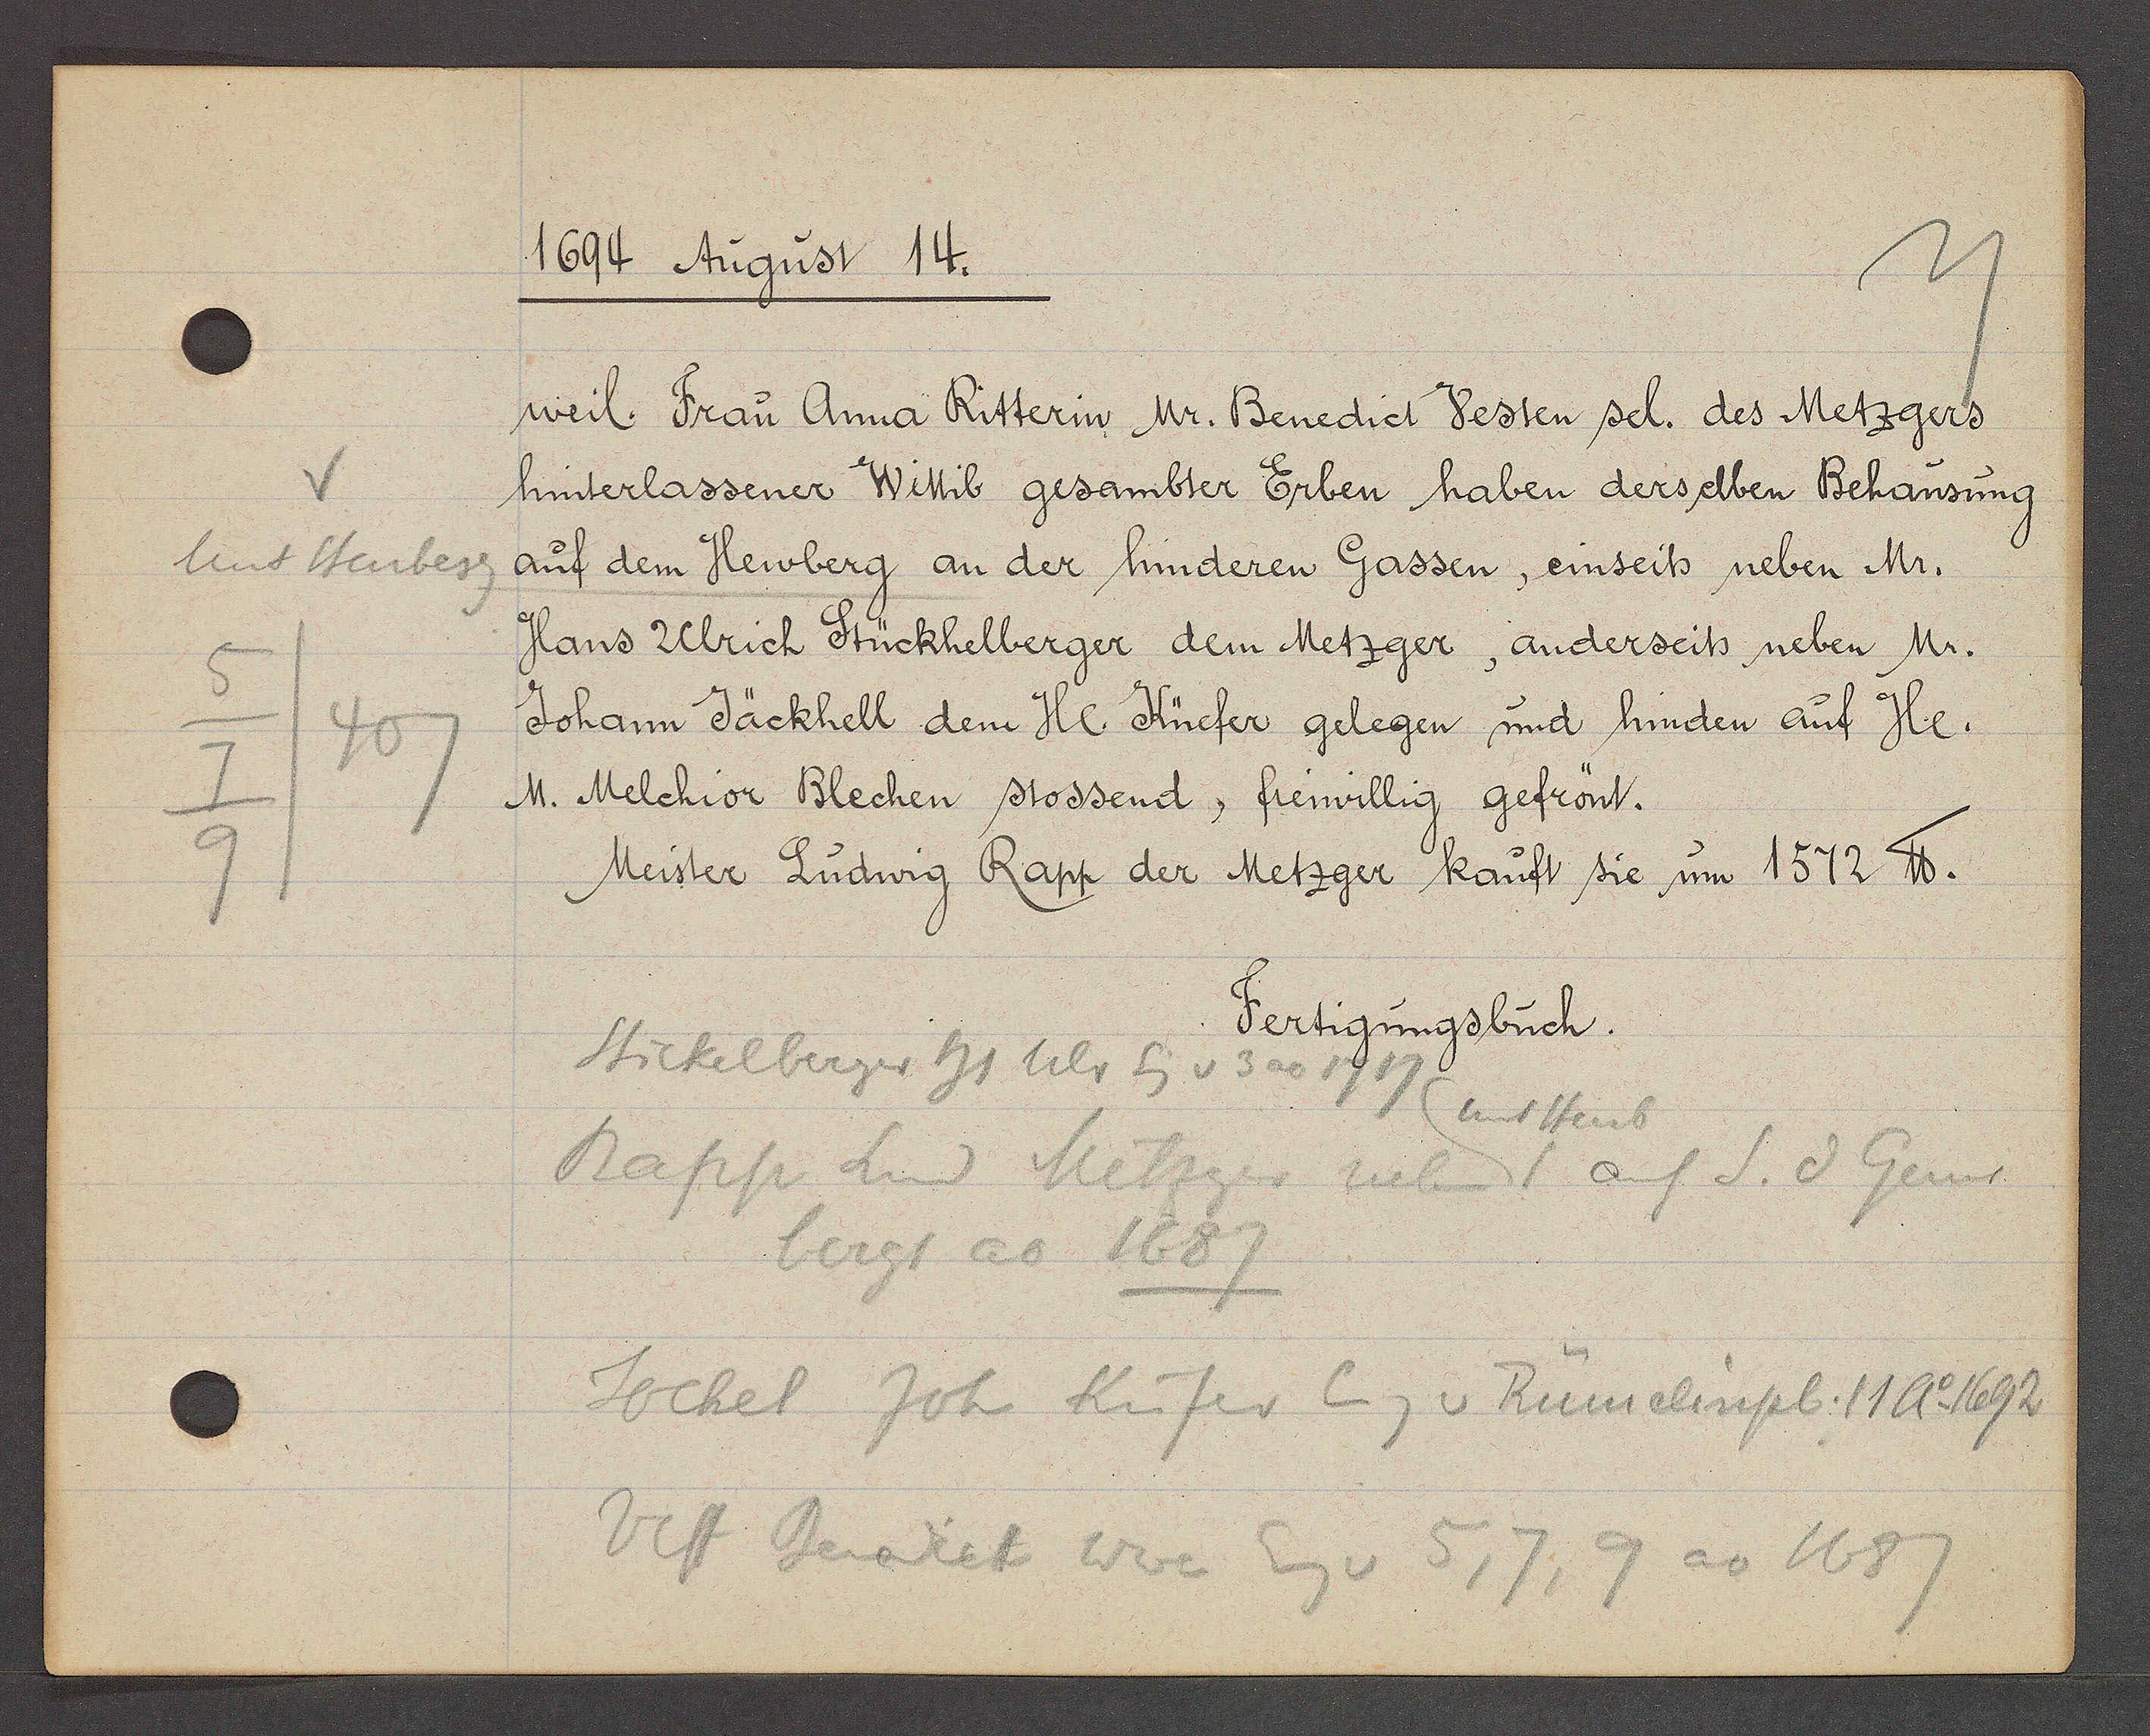
Transcript:
V
Unt Heuberg
5
407
7
9

1694 August 14.

weil. Frau Anna Ritterin Mr. Benedict Vesten sel. des Metzgers
hinterlassener Wittib gesambter Erben haben derselben Behausung
auf dem Heuberg an der hinderen Gassen, einseits neben Mr.
Hans Ulrich Stückhelberger dem Metzger, anderseits neben Mr.
Johann Jäckhell dem Hl. Küefer gelegen und hinden auf Hl.
M. Melchior Blechen stossend, frewillig gefrönt.
Meister Ludwig Rapp der Metzger kauft sie um 1572 ℔.

Fertigungsbuch.

Stickelberger hs Ulr Eig v 3 ao
1717 unt Heub
Rapp Lud Metzger neben auf S. d Gems¬
bergs ao 1687
Jochel Joh Küfer Eig v Rümelinpl. 11 ao 1692
Vest Benedict Wwe Eig v 5, 7, 9 ao 1687